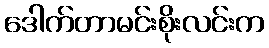
ဒေါက်တာမင်းစိုးလင်းက